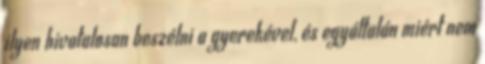
ilyen hivatalosan beszélni a gyerekével, és egyáltalán miért nem